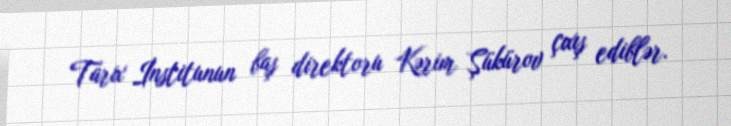
Tarix İnstitunun baş direktoru Kərim Şükürov çıxış ediblər.